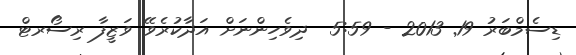
ޑިސެމްބަރު 19